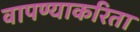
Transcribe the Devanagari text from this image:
वापण्‍याकरिता